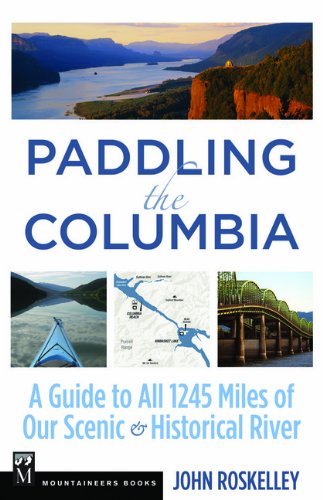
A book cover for Paddling the Columbia: A Guide to All 1200 Miles of Our Scenic and Historical River; John Roskelley; Travel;